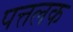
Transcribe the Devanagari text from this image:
पत्तलक